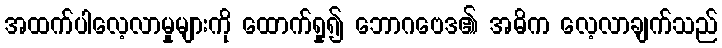
အထက်ပါလေ့လာမှုများကို ထောက်ရှု၍ ဘောဂဗေဒ၏ အဓိက လေ့လာချက်သည်